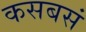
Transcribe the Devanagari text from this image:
कसबसं